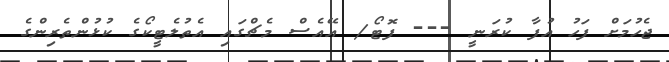
ޖެހުމަށް ފަހު އުފާ ކުރަނީ --- ފޮޓޯ/ އޭއެސް މެޗްގައި އެތުލެޓީކޯގެ ކުޅުންތެރިންގެ